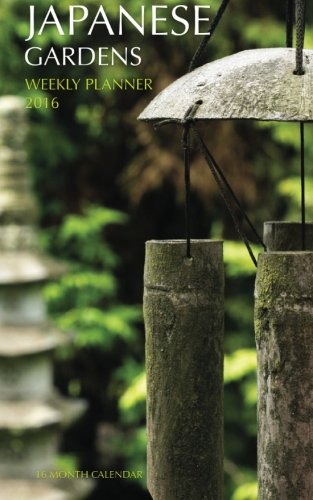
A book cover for Japanese Gardens Weekly Planner 2016: 16 Month Calendar; Jack Smith; Calendars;